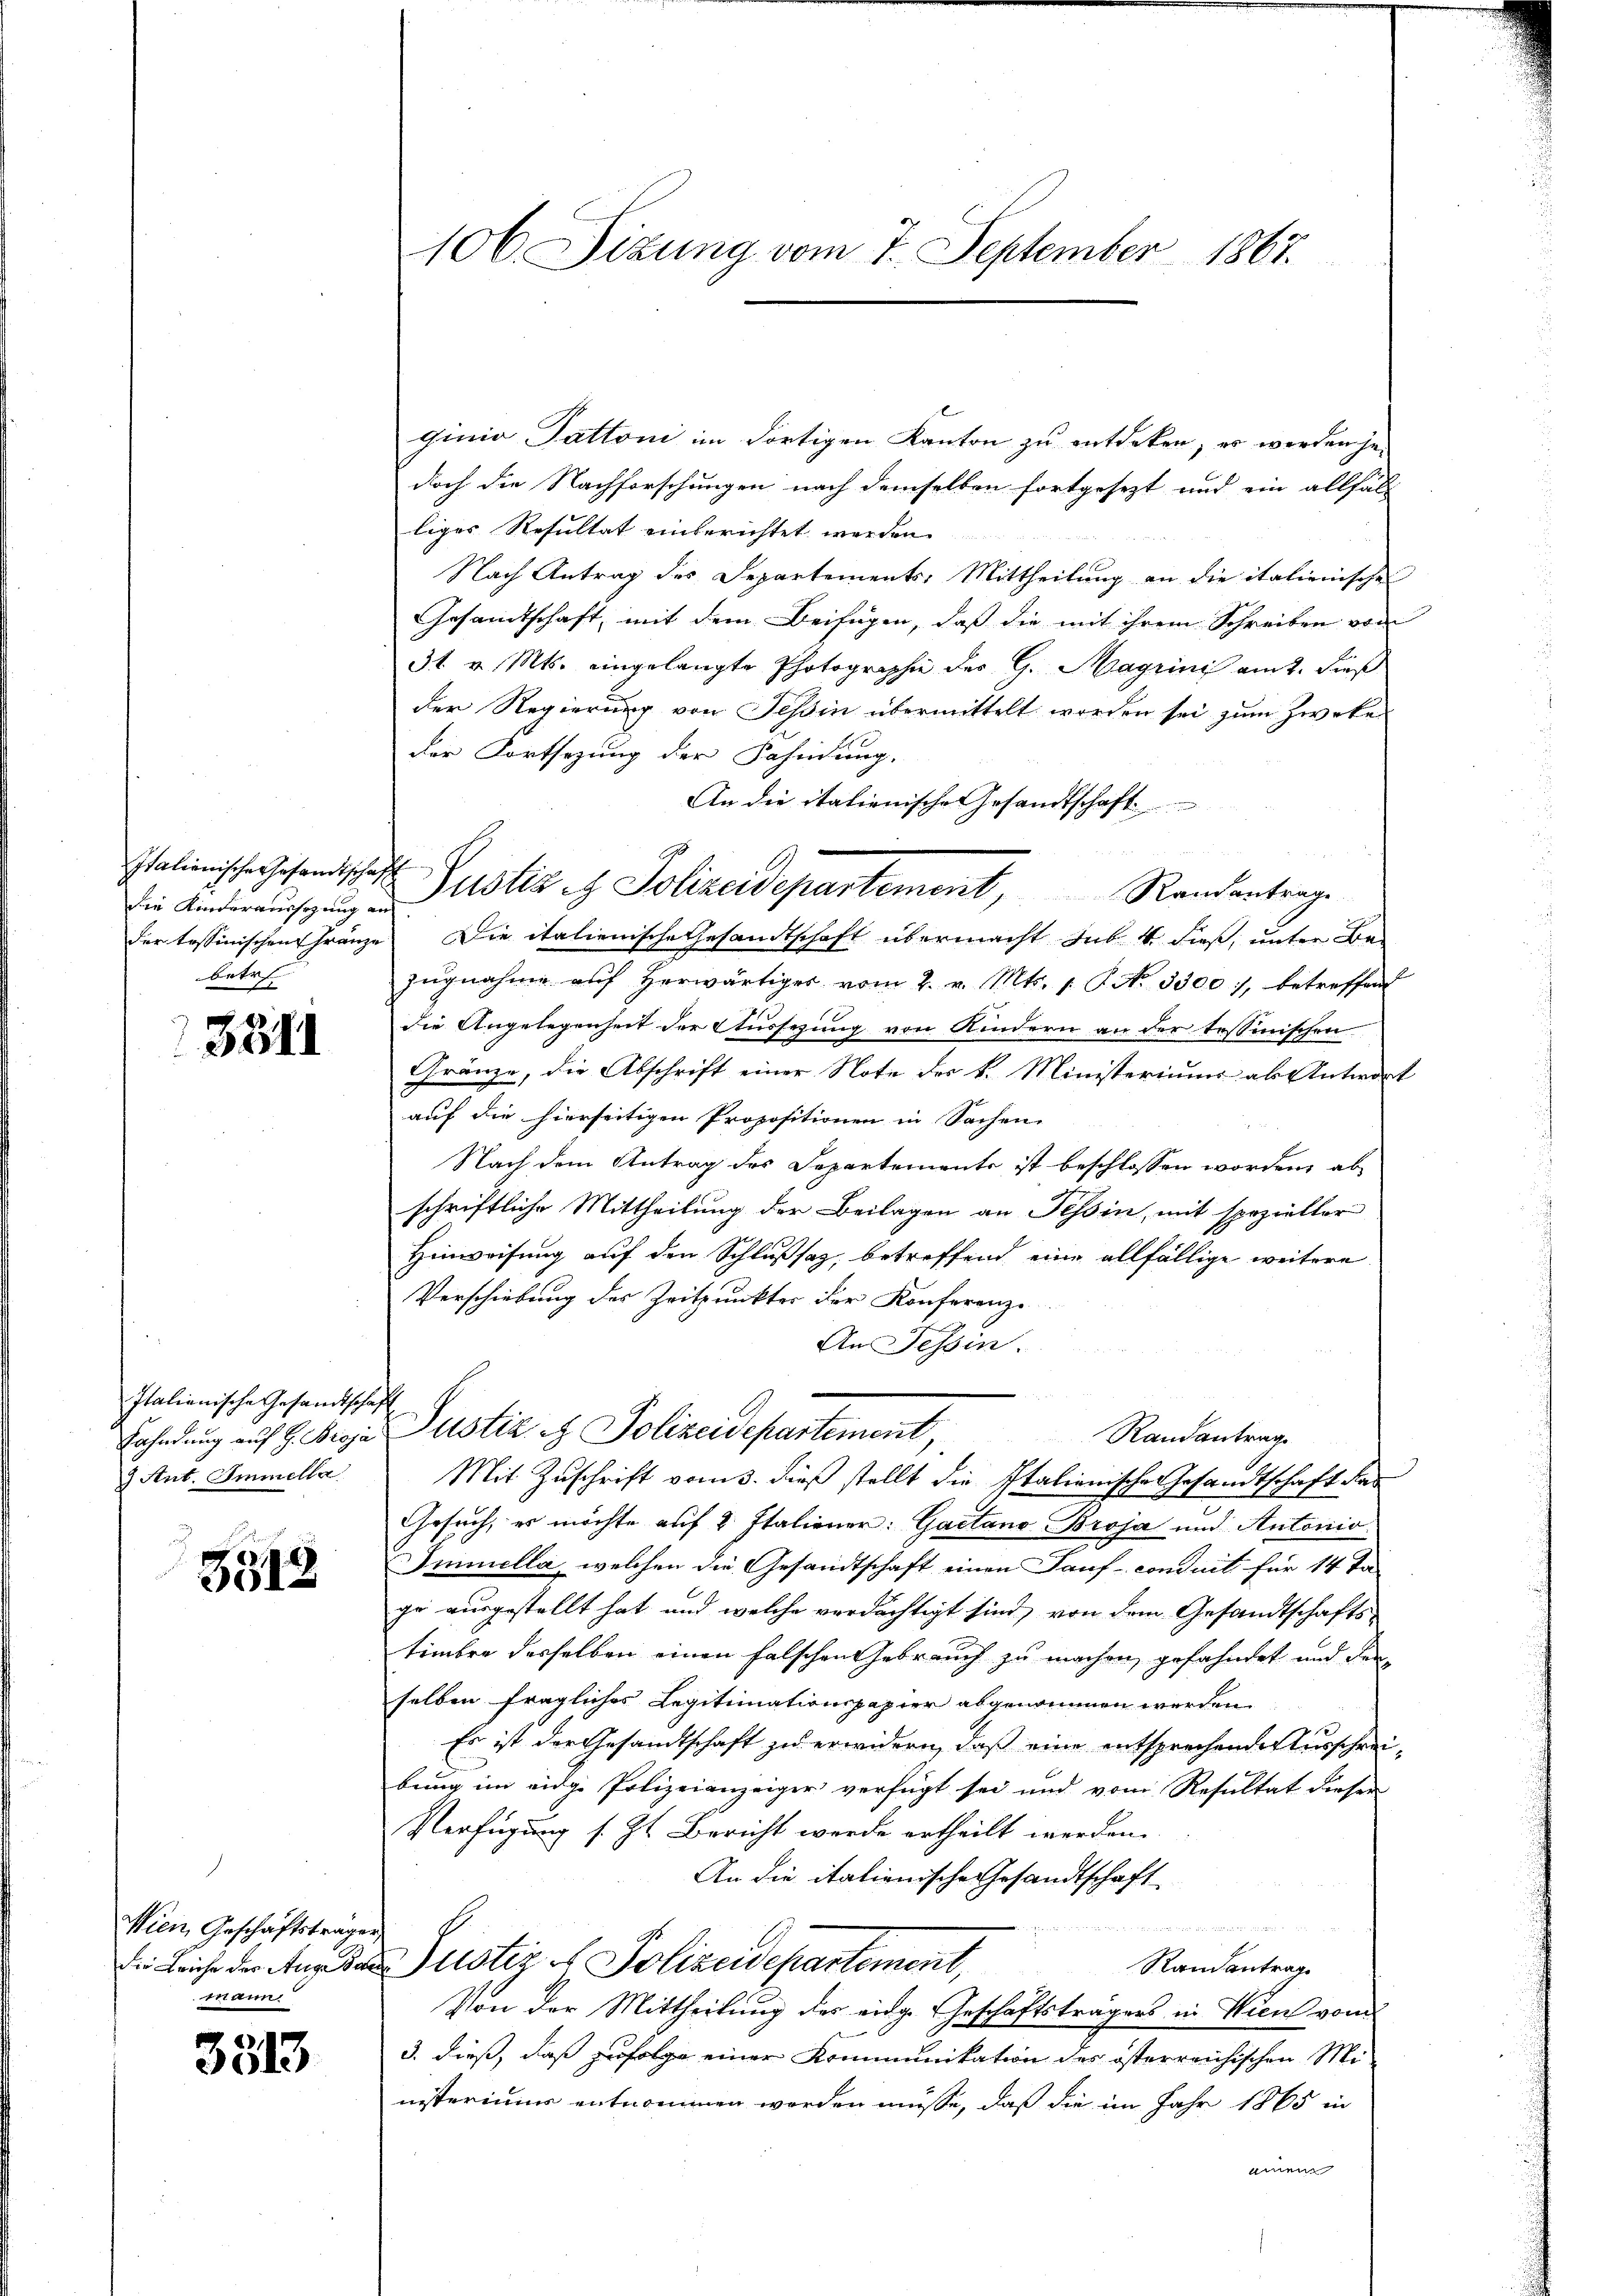
die Kinderaussezung aus
betr.

3311

Italianische Gesandtschaft
Fahndung auf 9. Broja
7 Ant. Immella

3513

Wien Geschäftsträgen
die Leiche des Auge ode
mann

.
3513

106. Sizung vom 7. September 1867.

Italienische Gesandtschaft Protis et Polizeidepartement, Randantrage

x
ginio Tattoni im dortigen Kanton zu entdeken; es werden ge-
doch die Nachforschungen nach demselben fortgesezt und ein allfäll
liges Resultat einberichtet werden.
Nach Antrag des Departements-Mittheilung an die italienische
Gesamtschaft, mit dem Beifügen, daß die mit ihrem Schreiben von
3t v. Mts. eingelangte Photographie des G. Magrini am 2. dieß
der Regierung von Tessin übermittelt worden sei zum Zwecke
der Fortsezung der Fahndung.
An die italienische Gesandtschaft.
der tessinischen Franze Die italienische Gesandtschaft übermacht sub 4 dieß, unter Be-
zŭgnahme aŭf herwärtiges vom 2. v. Mts. 1. P. No. 3300, betreffend
die Angelegenheit der Aussezung von Kindern an der tessinischen
Gränze, die Abschrift einer Note des k. Ministeriums als Antwort
auf die hierseitigen Propositionen in Sachen,
Nach dem Antrag des Departemente ist beschlossen worden, ab
schriftliche Mittheilung der Beilagen an Tessin, mit spezieller
Hinweisung auf den Schlußsaz, betreffend eine allfällige weitere
Verschiebung des Zeitpunkter der Konferenz-
An Tessin.
Pustiz - Polizeidepartement,
Randantrag
Mit Zuschrift vom 3. dieß stellt die Italienische Gesandtschaft das
Gesuch, es möchte auf 2 Italiener: Gaetano Broja und Antonio
Immella, welchen die Gesandtschaft einen Tauf- conduiti für 14 Ta-
ge ausgestellt hat, und welche verdächtigt sind von dem Gesandtschafts-
timbre derselben einen falschen Gebrauch zu machen, gefahndet und den
selben fragliches Legitimationspapier abgenommen werden.
Es ist der Gesandtschaft zu erwidern, daß eine entsprechenden Ausschreibung im eidge Polizeianzeiger verfügt sei und vom Resultat dieser
Verfügung s. Zt. Bericht werde ertheilt werden.
An die italienische Gesandtschaft

ustiz & Polizeidepartement,
Randantrag
Von der Mittheilung der eige Geschäftsträgers in Wien von
3. dieß, daß zufolge einer Kommunikation des österreichischen Ministeriums entnommen worden müsse, daß die im Jahr 1865 in
einem

.